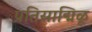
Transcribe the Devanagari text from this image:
प्रतिसाद्मिळू